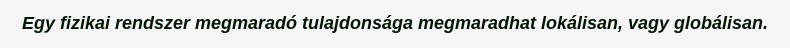
Egy fizikai rendszer megmaradó tulajdonsága megmaradhat lokálisan, vagy globálisan.